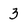
Character: 3